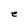
Character: e